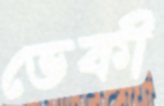
ভেকী